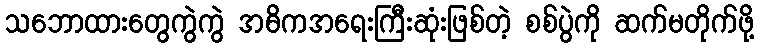
သဘောထားတွေကွဲကွဲ အဓိကအရေးကြီးဆုံးဖြစ်တဲ့ စစ်ပွဲကို ဆက်မတိုက်ဖို့